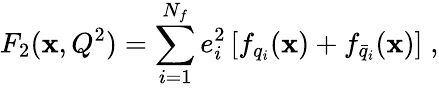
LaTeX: F_{2}(\mathbf{x},Q^{2})=\sum_{i=1}^{N_{f}}e_{i}^{2}\left[f_{q_{i}}(\mathbf{x})+f_{\bar{{q}}_{i}}(\mathbf{x})\right]\; ,